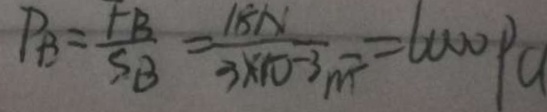
P _ { B } = \frac { F B } { S B } = \frac { 1 8 N } { 3 \times 1 0 - 3 } = 6 0 0 0 P a